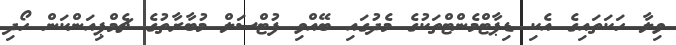
ވިލާ ހަކަތައިގެ އެކި ޑިޕާޓްމެންޓްތަކުގެ މެދުގައި ބޭއްވި ފުޓްސަލް މުބާރާތުގެ ޗެމްޕިއަންކަން ހޯދި